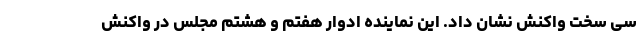
سی سخت واکنش نشان داد. این نماینده ادوار هفتم و هشتم مجلس در واکنش